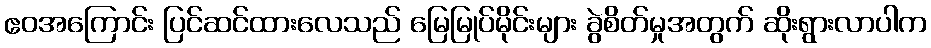
ဧဝအကြောင်း ပြင်ဆင်ထားလေသည် မြေမြုပ်မိုင်းများ ခွဲစိတ်မှုအတွက် ဆိုးရွားလာပါက